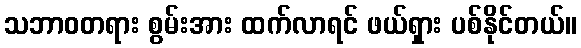
သဘာဝတရား စွမ်းအား ထက်လာရင် ဖယ်ရှား ပစ်နိုင်တယ်။